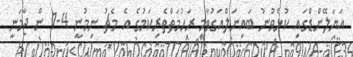
އަޔަލޭންޑްގައި ކުޅެވުނު ބައިނަލްއަގުވާމީ ރަހުމަތްތެރިކަމުގެ އެ މެޗު ނިމުނީ 4-1 ން ޖާމަނީ